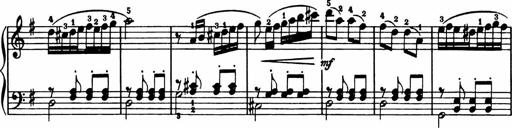
Title: Analytical Sonatinas
Composer: Frank Lynes